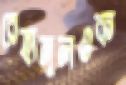
রেহানুলওক